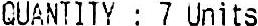
QUANTITY : 7 UNITS